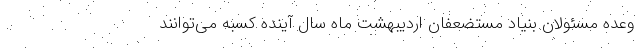
وعده مسئولان بنیاد مستضعفان اردیبهشت ماه سال آینده کسبه می‌توانند